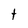
Character: t